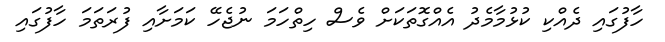
ހާފުގައި ދެއްކި ކުޅުމާމެދު އެއްގޮތަކަށް ވެސް ހިތްހަމަ ނުޖެހޭ ކަމަށާއި ފުރަތަމަ ހާފުގައި